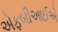
એફબીઆઈએ